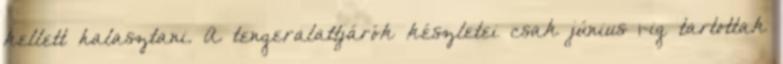
kellett halasztani. A tengeralattjárók készletei csak június 1-ig tartottak